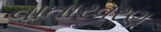
વાતારવરણ